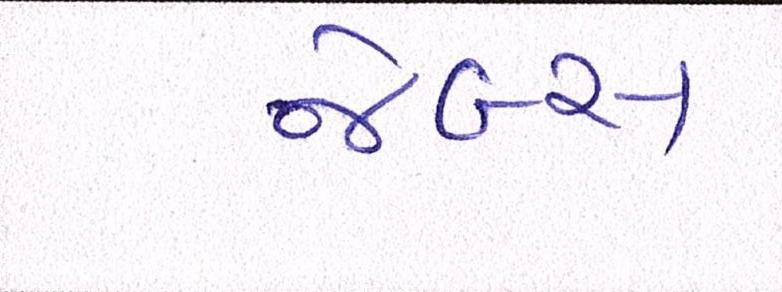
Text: જેબ્સ